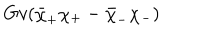
G v ( \bar { \chi } _ { + } \chi _ { + } - \bar { \chi } _ { - } \chi _ { - } )